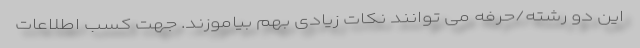
این دو رشته/حرفه می توانند نکات زیادی بهم بیاموزند. جهت کسب اطلاعات